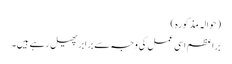
(حوالہ مذکورہ)
براعظم اسی عمل کی وجہ سے برابرپھیل رہے ہیں۔